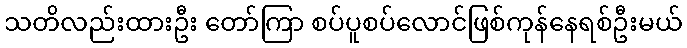
သတိလည်းထားဦး တော်ကြာ စပ်ပူစပ်လောင်ဖြစ်ကုန်နေရစ်ဦးမယ်